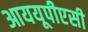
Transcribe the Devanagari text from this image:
आययूपीएसी